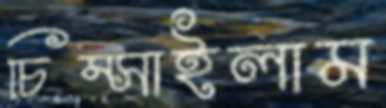
চিম্‌সাইলাম